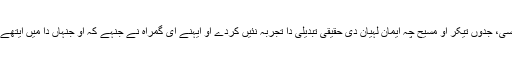
‘‘ بوہتا سچ سی، جدوں تیکر اُو مسیح چہ ایمان لہیان دی حقیقی تبدیلی دا تجربہ نئیں کردے اُو ایہنے ای گمراہ نے جنہے کہ اُو جنہاں دا میں ایتھے تزکرہ کیتا۔